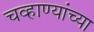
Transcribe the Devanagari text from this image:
चव्हाण्यांच्या